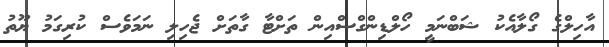
އާހިލްގެ ގޯލާއެކު ޝަބްނަމީ ހޯލްޑިންގްސްއިން ތަށްޓާ ގާތަށް ޖެހިލި ނަމަވެސް ކުރިގަމު ޔޫތު